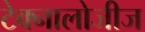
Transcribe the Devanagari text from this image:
टेक्नालोजीज